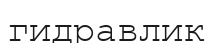
гидравлик